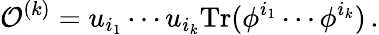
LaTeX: {\cal O}^{(k)}=u_{i_{1}}\cdots u_{i_{k}}\mathrm{Tr}(\phi^{i_{1}}\cdots\phi^{i_{k}})\, .